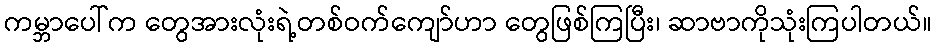
ကမ္ဘာပေါ်က တွေအားလုံးရဲ့တစ်ဝက်ကျော်ဟာ တွေဖြစ်ကြပြီး၊ ဆာဗာကိုသုံးကြပါတယ်။